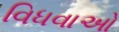
વિધવાઓ